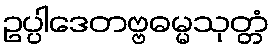
ဥပ္ပါဒေတဗ္ဗဓမ္မသုတ္တံ